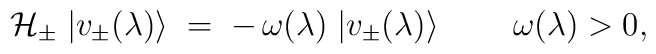
{\cal H}_\pm \; |v_\pm (\lambda)\rangle \;=\; - \, \omega(\lambda) \; |v_\pm (\lambda)\rangle \;\qquad \omega (\lambda)>0,